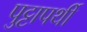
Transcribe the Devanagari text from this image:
पुट्टापर्थी